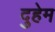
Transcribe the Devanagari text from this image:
दुहेम